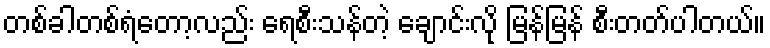
တစ်ခါတစ်ရံတော့လည်း ရေစီးသန်တဲ့ ချောင်းလို မြန်မြန် စီးတတ်ပါတယ်။